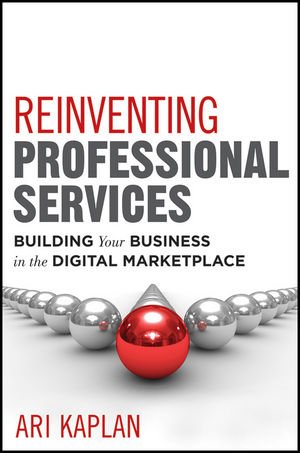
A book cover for Reinventing Professional Services: Building Your Business in the Digital Marketplace; Ari Kaplan; Law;